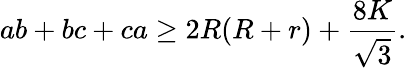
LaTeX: ab+bc+ca\geq 2R(R+r)+{\frac{8K}{\sqrt{3}}}.